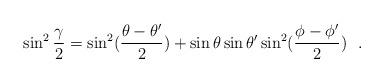
\begin{align*}\sin^2{\gamma\over 2}=\sin^2({\theta-\theta '\over 2})+\sin\theta\sin\theta '\sin^2({\phi-\phi '\over 2})~~.\end{align*}